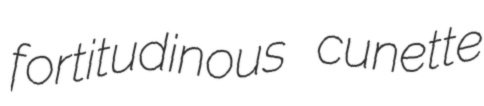
fortitudinous cunette